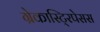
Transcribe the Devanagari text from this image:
ग्रेकास्टि्रपेसस